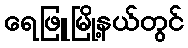
ရေဖြူမြို့နယ်တွင်